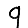
Digit: 9